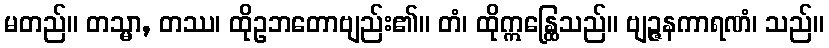
မတည်။ တသ္မာ, တဿ၊ ထိုဥဘတောဗျည်း၏။ တံ၊ ထိုဣန္ထြေသည်။ ဗျဉ္ဇနကာရဏံ၊ သည်။